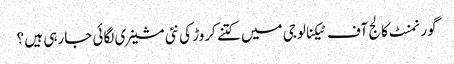
گورنمنٹ کالج آف ٹیکنالوجی میں کتنے کروڑ کی نئی مشینری لگائی جارہی ہیں ؟